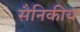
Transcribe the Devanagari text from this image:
सैनिकीय